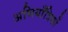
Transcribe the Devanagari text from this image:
अभियाँत्रिकों